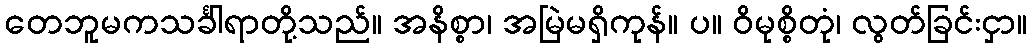
တေဘူမကသင်္ခါရာတို့သည်။ အနိစ္စာ၊ အမြဲမရှိကုန်။ ပ။ ဝိမုစ္စိတုံ၊ လွတ်ခြင်းငှာ။